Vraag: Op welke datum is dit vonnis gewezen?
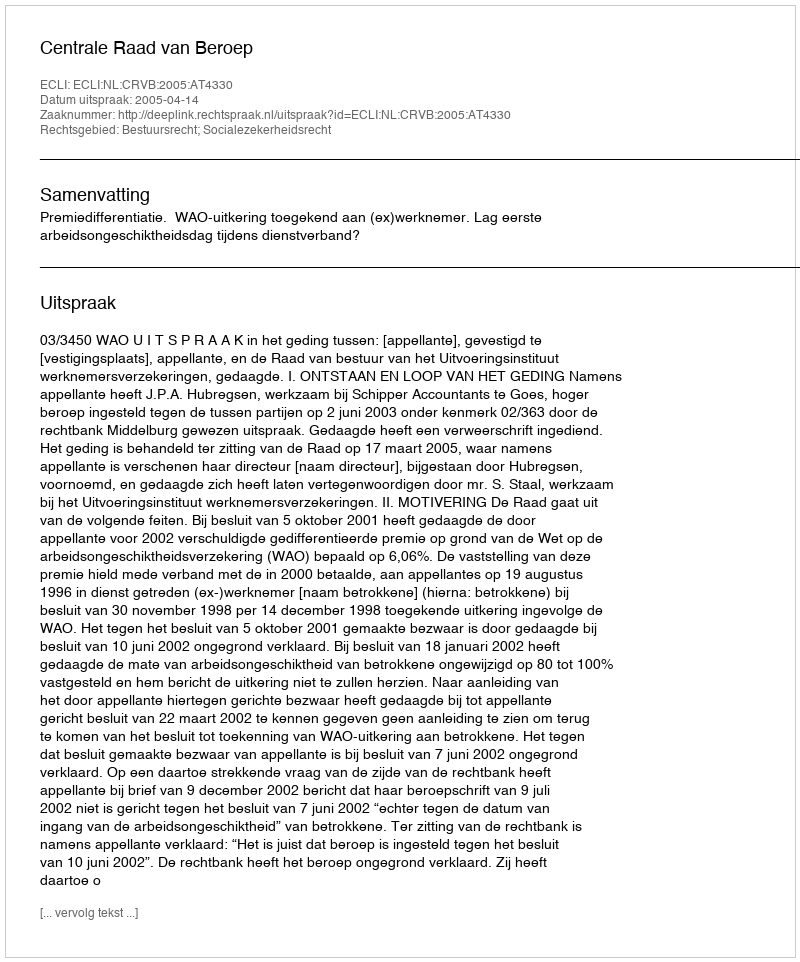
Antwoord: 2005-04-14